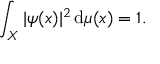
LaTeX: \int _ { X } | \psi ( x ) | ^ { 2 } \, \mathrm { d } \mu ( x ) = 1 .